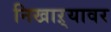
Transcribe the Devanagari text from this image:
निखाऱ्यावर